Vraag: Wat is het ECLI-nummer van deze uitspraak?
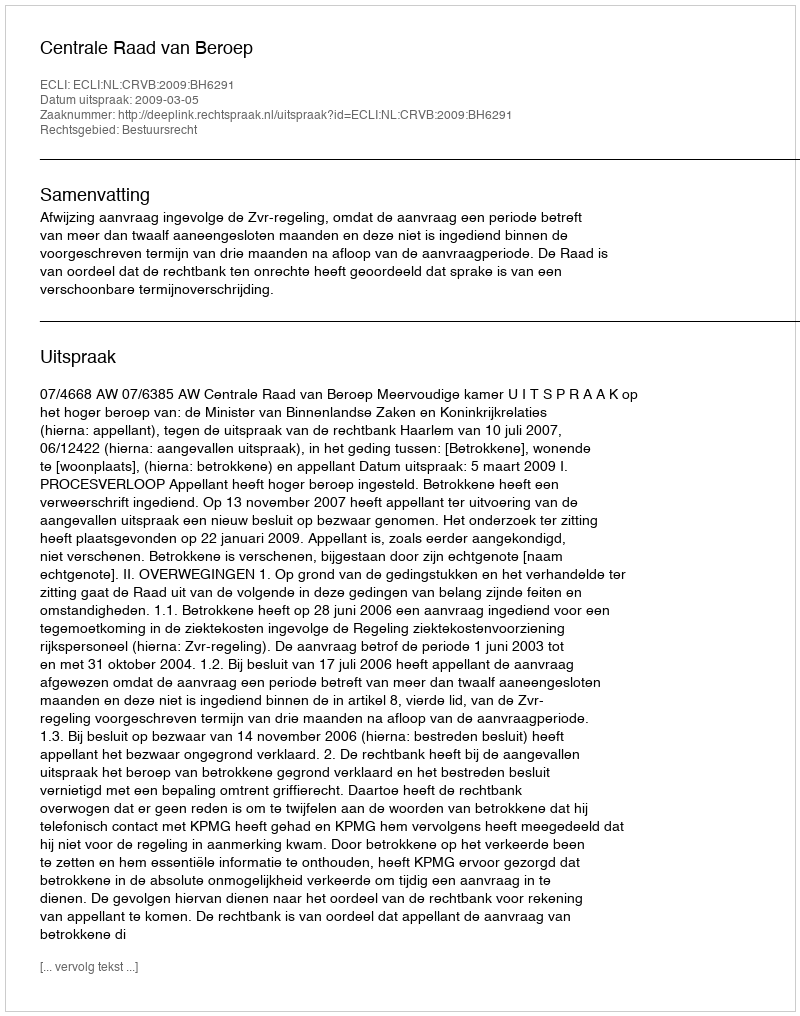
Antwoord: ECLI:NL:CRVB:2009:BH6291